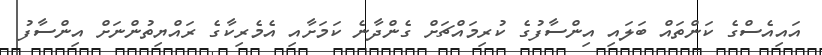
އައިއެސްގެ ކަންތައް ބަލައި އިންސާފުގެ ކުރިމައްޗަށް ގެންދާނެ ކަމަށާއި އެމެރިކާގެ ރައްޔިތުންނަށް އިންސާފު